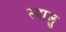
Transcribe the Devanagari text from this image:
स्यालु